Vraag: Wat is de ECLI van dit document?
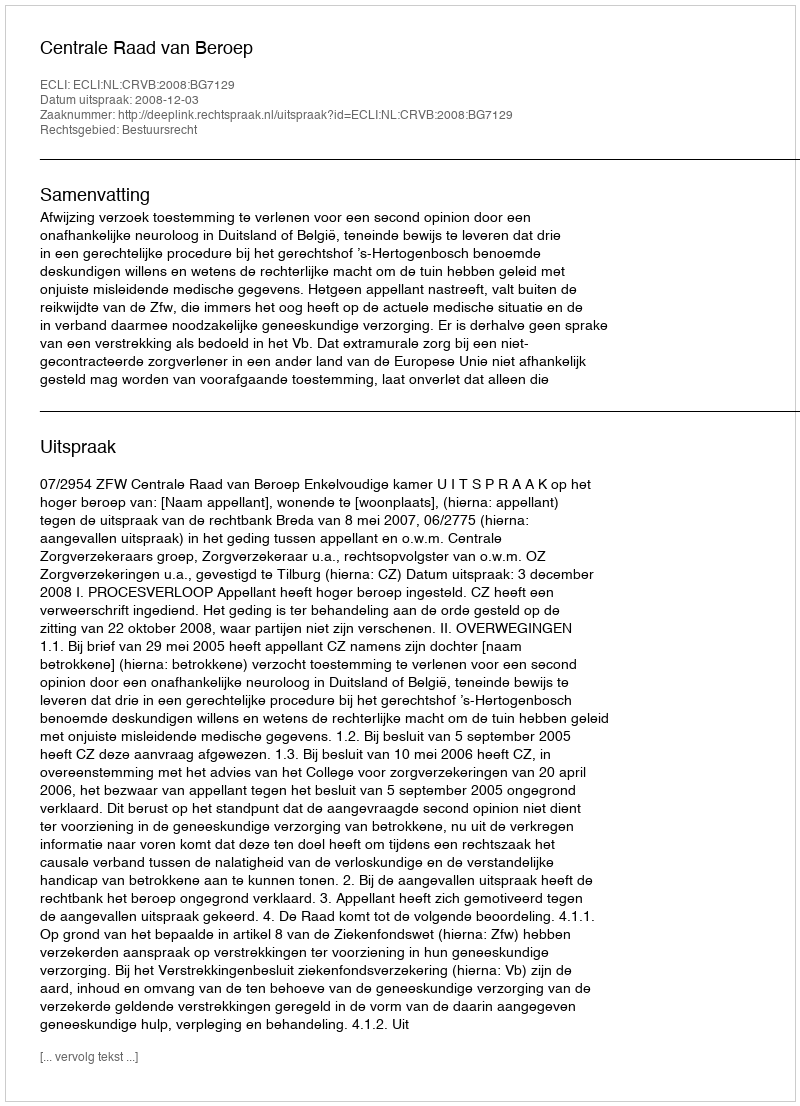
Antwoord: ECLI:NL:CRVB:2008:BG7129